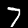
Label: 7